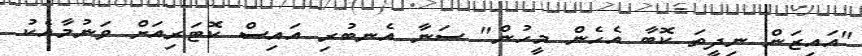
"އައިޒަން ނިދީތަ ކޮބާ އެހެން މީހުން" ސަނާ އެނބުރި އައިސް ކޮޓަރިއަށް ވަނުމާއެކު